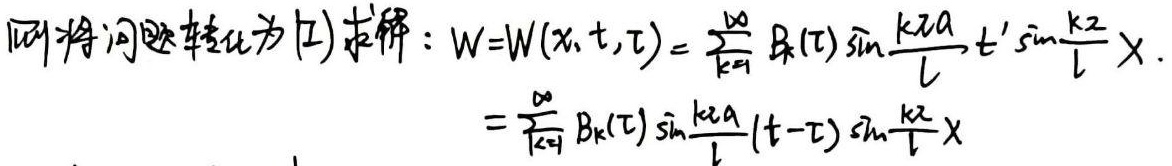
则将问题转化为(2)求解: $W = W(x,t,\tau)=\sum_{k = 1}^{\infty}B_k(\tau)\sin\frac{k\pi a}{l}t'\sin\frac{k\pi}{l}x.$
$=\sum_{k = 1}^{\infty}B_k(\tau)\sin\frac{k\pi a}{l}(t - \tau)\sin\frac{k\pi}{l}x$